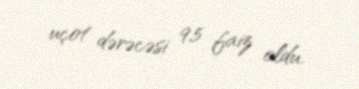
uçot dərəcəsi 9,5 faiz oldu.